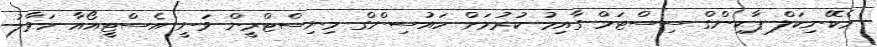
މެކޭނިކަލް ޕާކިންގް ސިސްޓަމް ގާއިމު ކުރުމަށް ހައުސިންގް މިނިސްޓްރީން ވަނީ އެސްޓީއޯއާ ހަވާލު